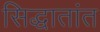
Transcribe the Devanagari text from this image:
सिद्धातांत